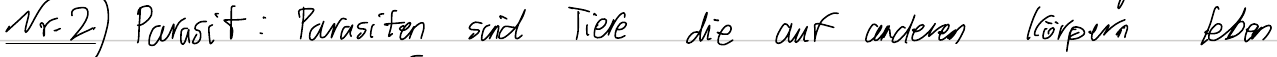
Nr.2) Parasit: Parasiten sind Tiere die auf anderen Körpern leben